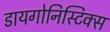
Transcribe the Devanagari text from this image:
डायगोनिस्टिक्‍स